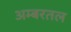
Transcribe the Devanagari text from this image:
अम्बरतल